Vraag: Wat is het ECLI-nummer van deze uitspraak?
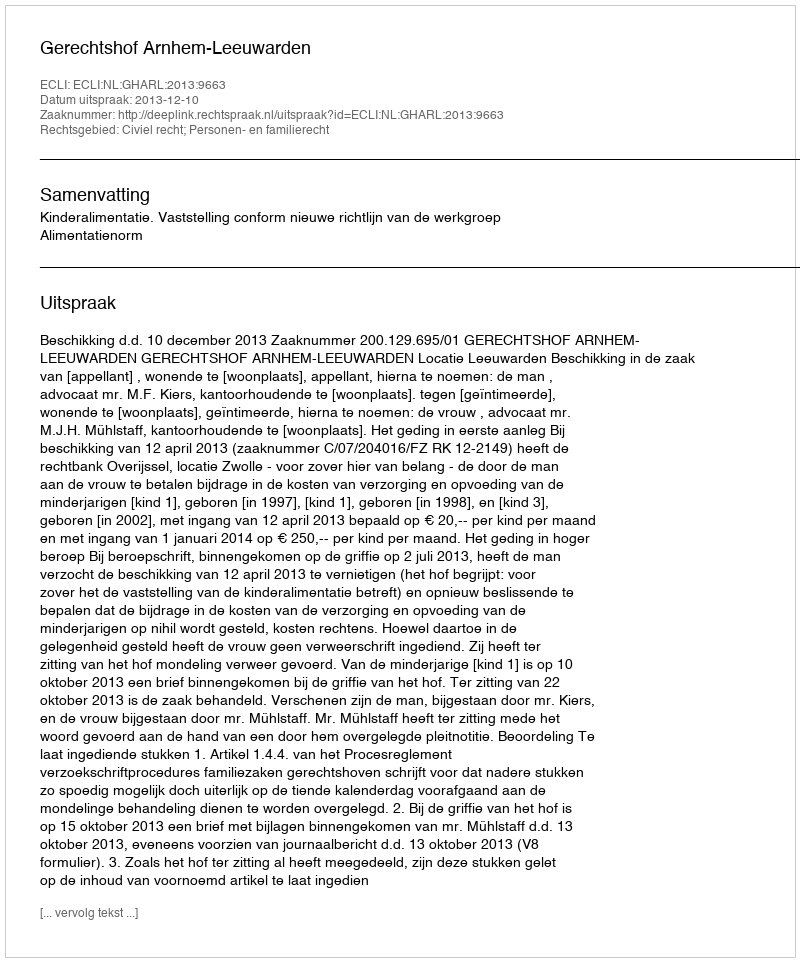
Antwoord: ECLI:NL:GHARL:2013:9663